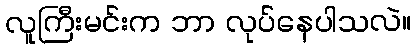
လူကြီးမင်းက ဘာ လုပ်နေပါသလဲ။